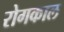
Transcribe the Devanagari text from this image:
रोगकाल